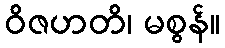
ဝိဇဟတိ၊ မစွန်။